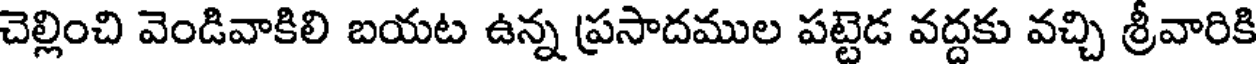
చెల్లించి వెండివాకిలి బయట ఉన్న ప్రసాదముల పట్టెడ వద్దకు వచ్చి శ్రీవారికి